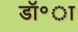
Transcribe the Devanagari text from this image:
डॉ॰ा